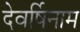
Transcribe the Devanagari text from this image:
देवर्षिनाम